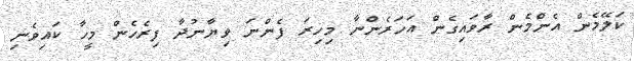
ކަލޭމެން އެންމެން ރާވައިގެން އަހަރެންނާ މިހިރަ ފެންނަ ވިޔާނުދާ ފިރެހެން މީހާ ކައިވެނި